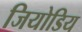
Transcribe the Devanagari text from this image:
जियोडिय